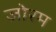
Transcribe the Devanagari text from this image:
जोरम